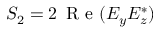
S _ { 2 } = 2 \, \mathrm { ~ R ~ e ~ } ( E _ { y } E _ { z } ^ { * } )